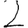
Digit: 2